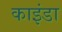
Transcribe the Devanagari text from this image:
काइंडा